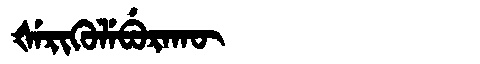
Manchu: ᡧᡝᡵᡳᡴᡠᠯᡝᠪᡠᡵᠠᡴᡡ
Romanization: ŠERIKULEBURAKŪ